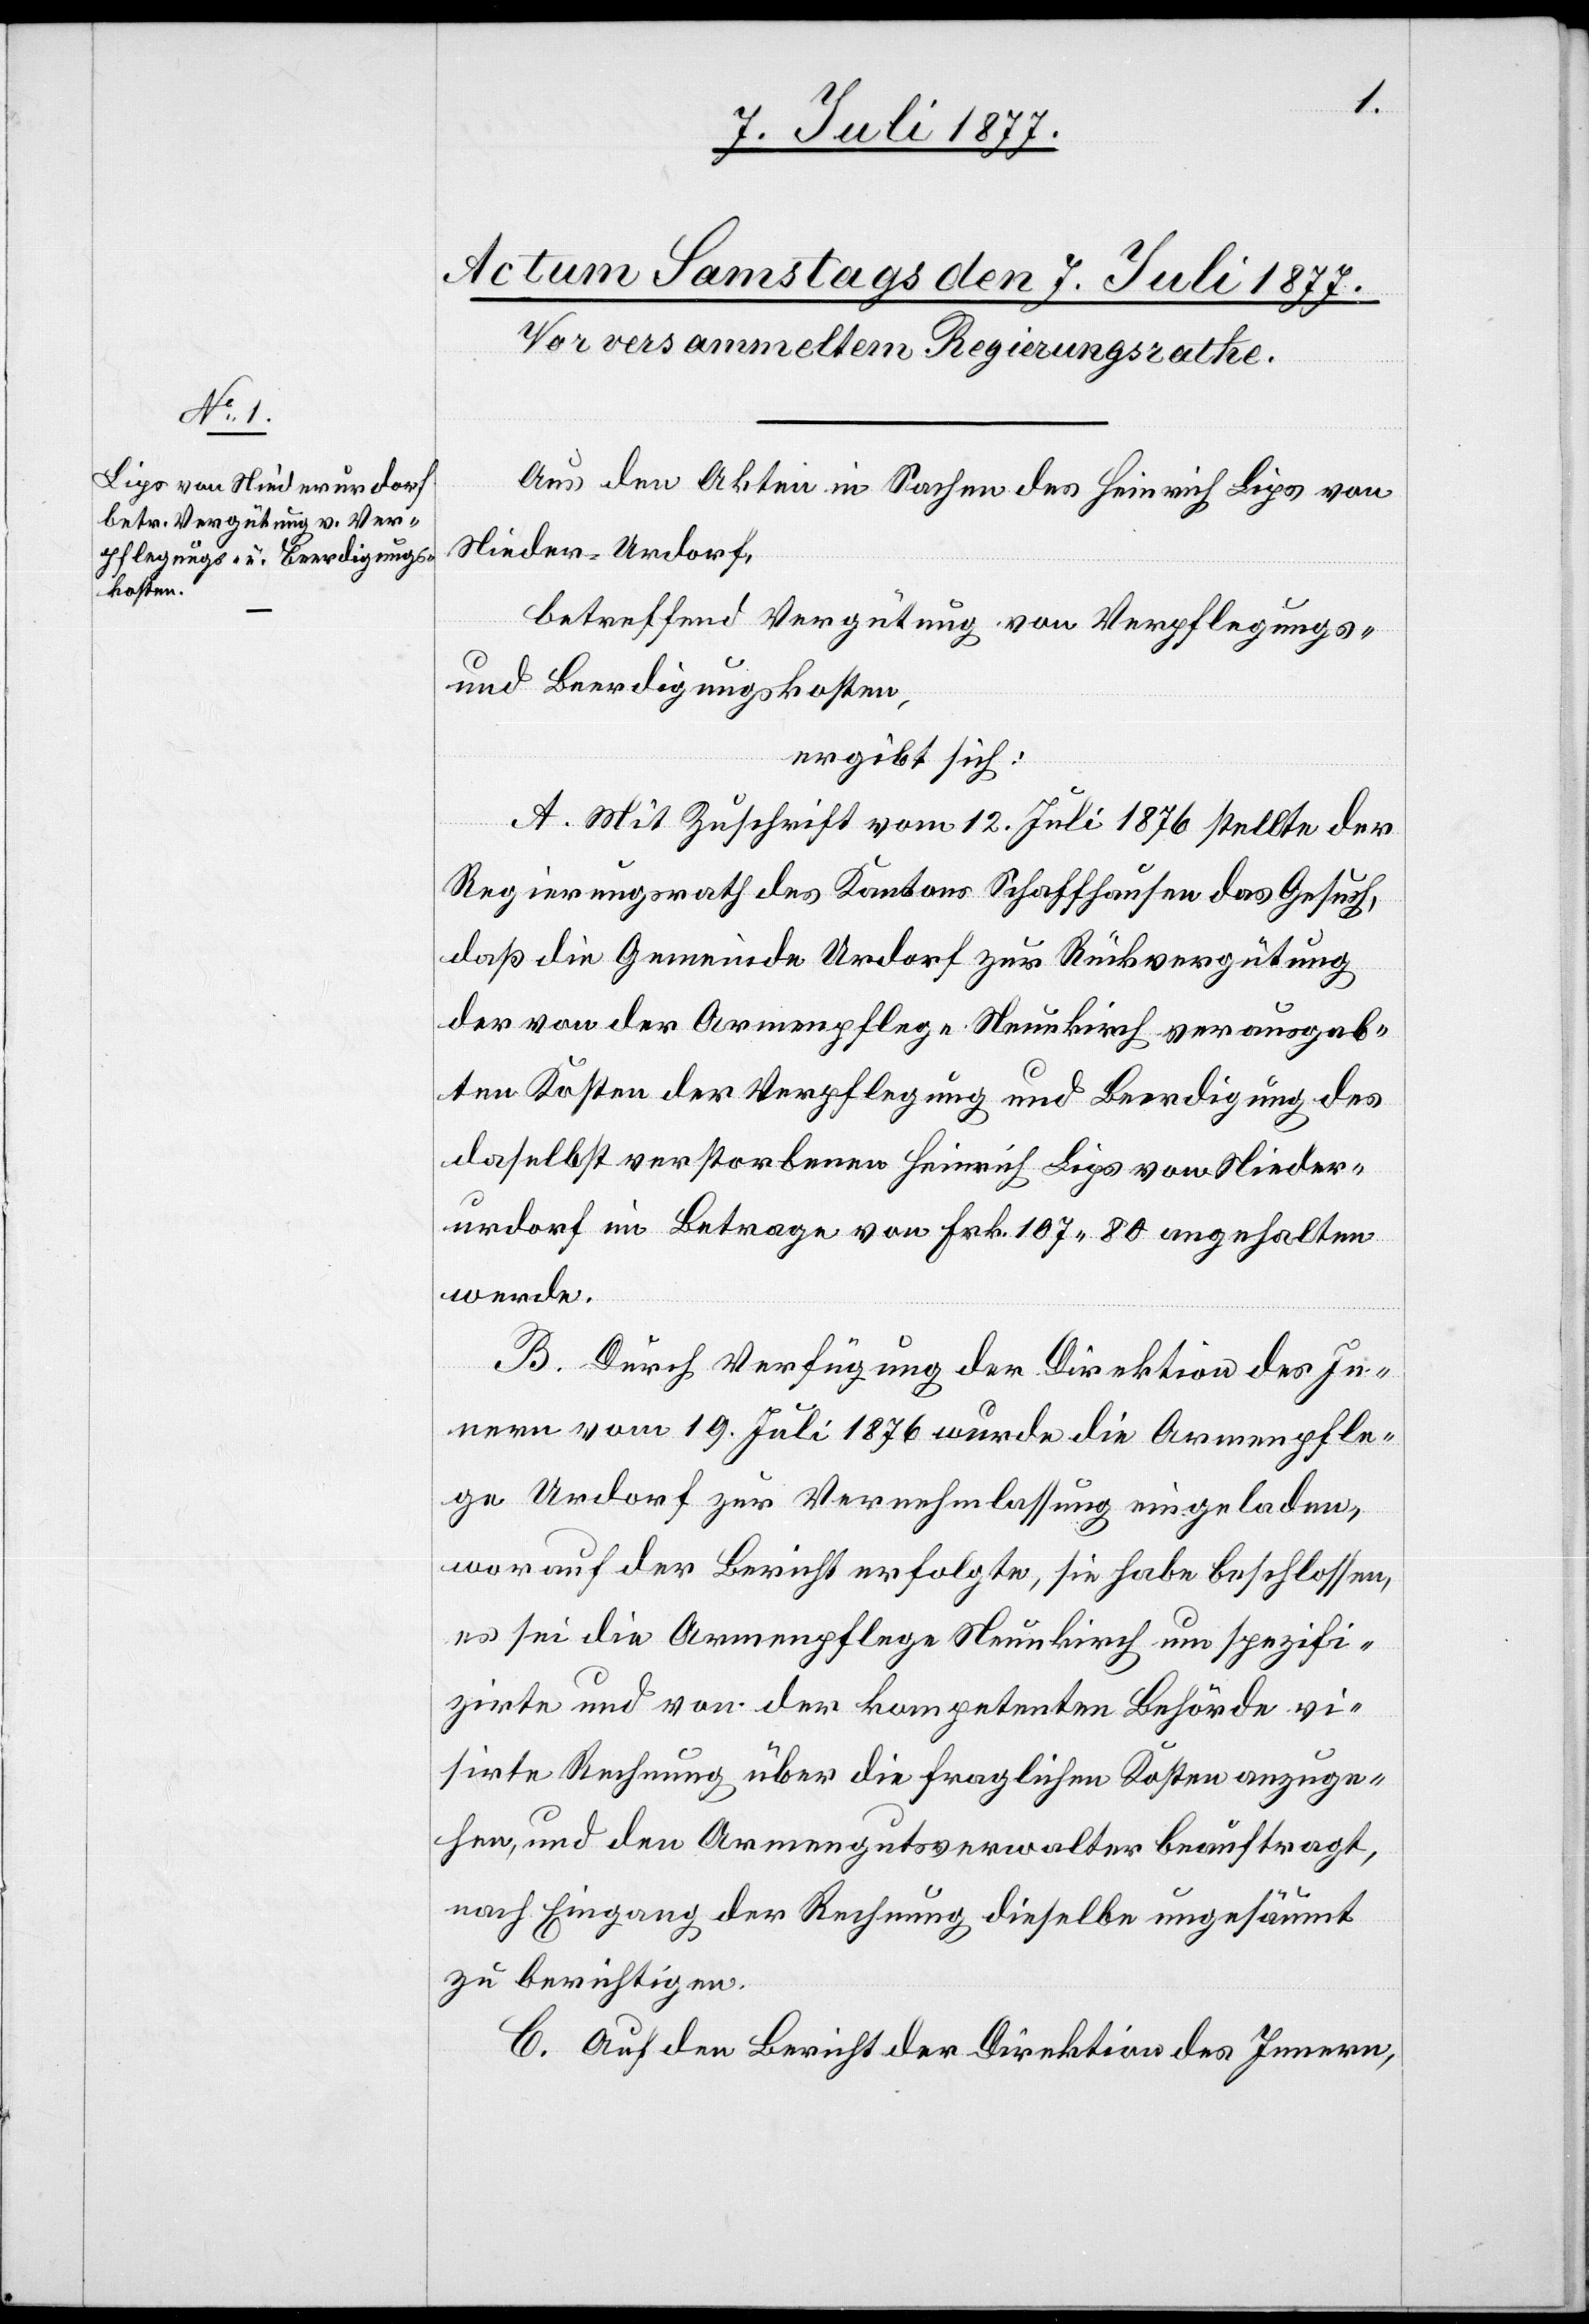
Aus den Akten in Sachen des Heinrich Lips von
Nieder-Urdorf,
betreffend Vergütung von Verpflegungs-
und Beerdigungskosten,
ergibt sich:
A. Mit Zuschrift vom 12. Juli 1876 stellte der
Regierungsrath des Kantons Schaffhausen das Gesuch,
daß die Gemeinde Urdorf zur Rückvergütung
der von der Armenpflege Neunkirch verausgab¬
ten Kosten der Verpflegung und Beerdigung des
daselbst verstorbenen Heinrich Lips von Nieder¬
urdorf im Betrage von Fr. 107.80 angehalten
werde.
B. Durch Verfügung der Direktion des In¬
nern vom 19. Juli 1876 wurde die Armenpfle¬
ge Urdorf zur Vernehmlassung eingeladen,
worauf der Bericht erfolgte, sie habe beschlossen,
es sei die Armenpflege Neunkirch um spezifi¬
zirte und von der kompetenten Behörde vi¬
sirte Rechnung über die fraglichen Kosten anzuge¬
hen, und den Armengutsverwalter beauftragt,
nach Eingang der Rechnung dieselbe ungesäumt
zu berichtigen.
C. Auf den Bericht der Direktion des Innern,